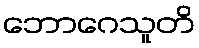
ဘောဂေသူတိ